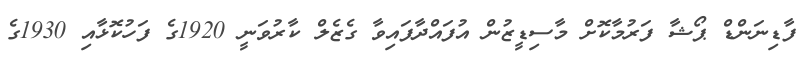
ފާޑިނަންޑް ޕޯޝާ ފަރުމާކޮށް މާސިޑީޒުން އުފައްދާފައިވާ ގެޒެލް ކާރުވަނީ 1920ގެ ފަހުކޮޅާއި 1930ގެ